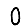
Digit: 0